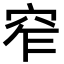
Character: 窄